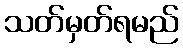
သတ်မှတ်ရမည်